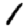
Digit: 1